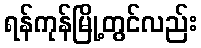
ရန်ကုန်မြို့တွင်လည်း